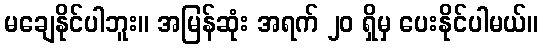
မချေနိုင်ပါဘူး။ အမြန်ဆုံး အရက် ၂၀ ရှိမှ ပေးနိုင်ပါမယ်။